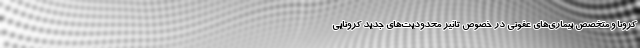
کرونا و متخصص بیماری‌های عفونی در خصوص تاثیر محدودیت‌های جدید کرونایی